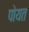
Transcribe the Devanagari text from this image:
पोयत